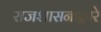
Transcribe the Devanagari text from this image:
राजशासनाद्वारे